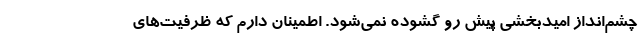
چشم‌انداز امیدبخشی پیش رو گشوده نمی‌شود. اطمینان دارم که ظرفیت‌های